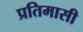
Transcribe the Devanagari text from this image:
प्रतिमासी